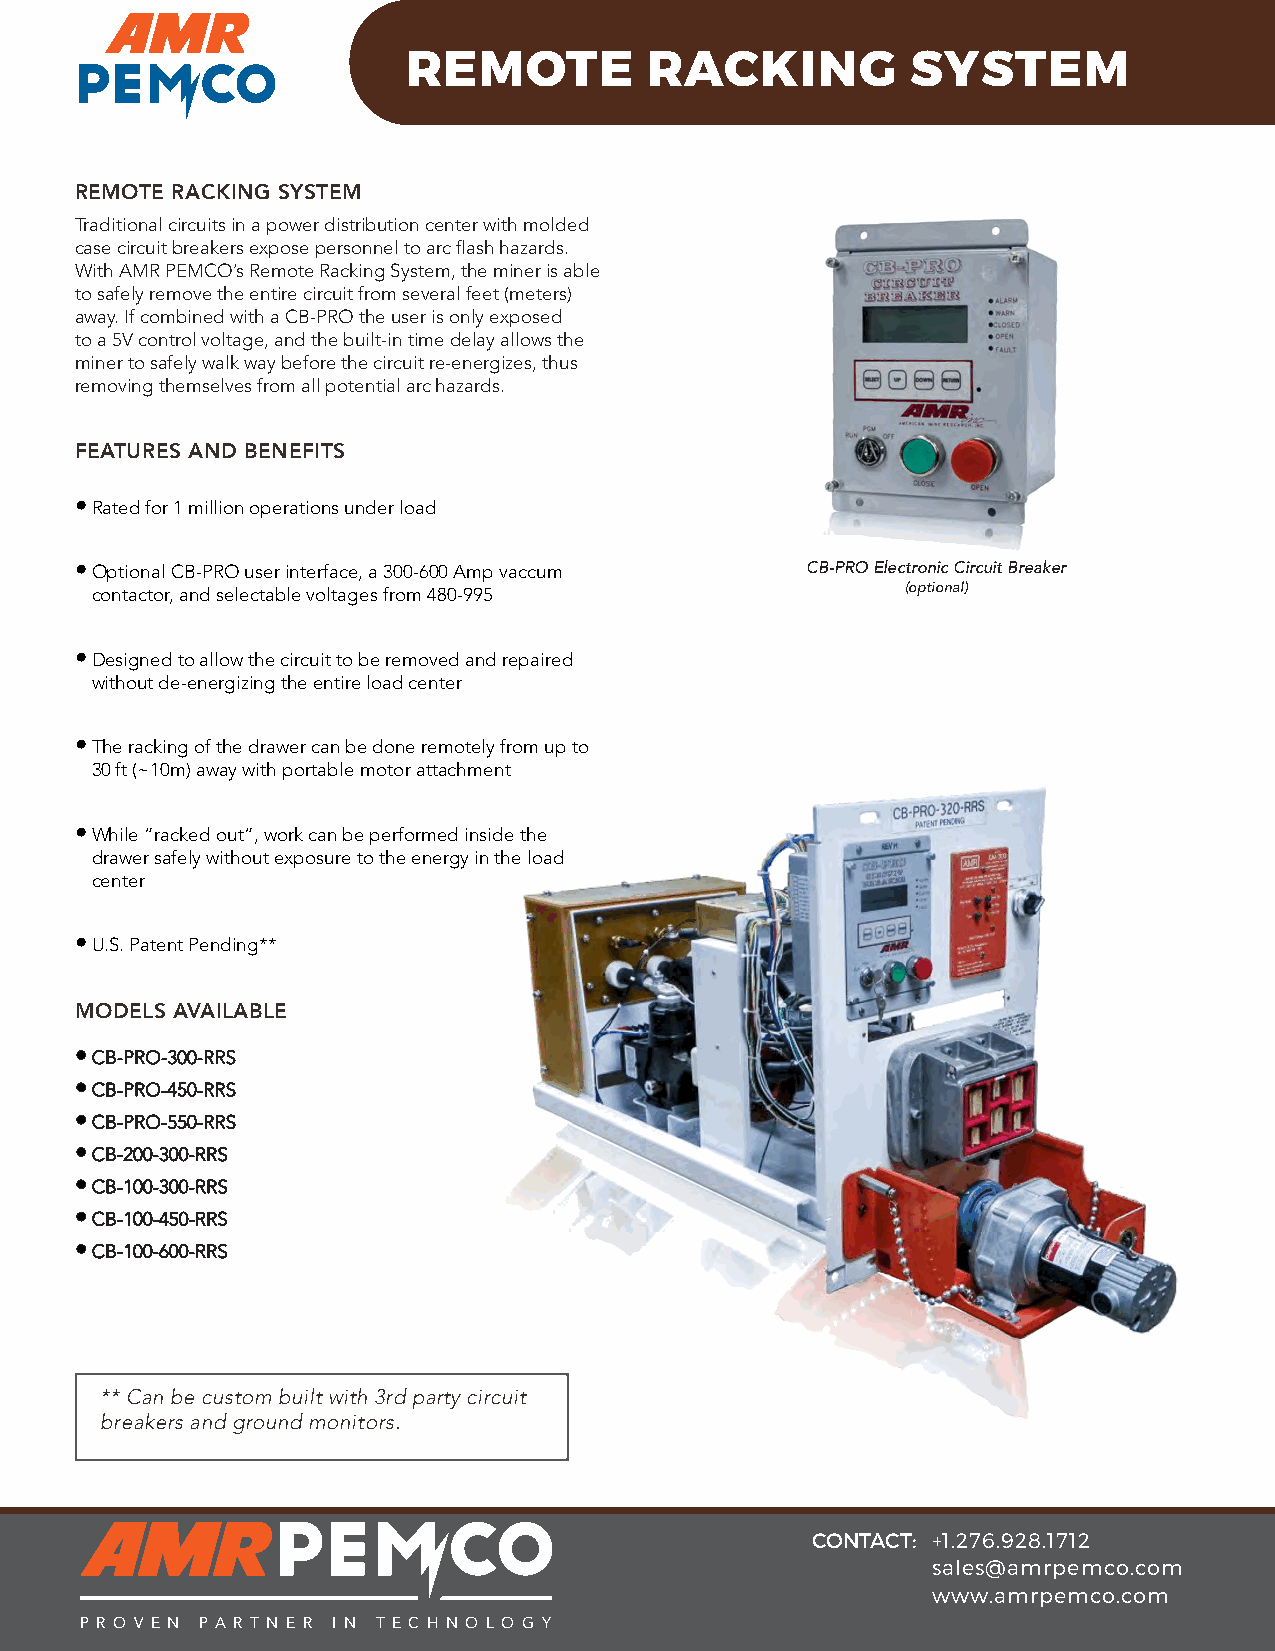
REMOTE          RACKING          SYSTEM
 REMOTE RACKING SYSTEM
 Traditional circuits in a power distribution center with molded
 case circuit breakers expose personnel to arc flash hazards.
 With AMR PEMCO’s Remote Racking System, the miner is able
 to safely remove the entire circuit from several feet (meters)
 away. If combined with a CB-PRO the user is only exposed
 to a 5V control voltage, and the built-in time delay allows the
 miner to safely walk way before the circuit re-energizes, thus
 removing themselves from all potential arc hazards.
 FEATURES AND BENEFITS
 • Rated for 1 million operations under load
 • Optional CB-PRO user interface, a 300-600 Amp vaccum CB-PRO Electronic Circuit Breaker
 contactor, and selectable voltages from 480-995       (optional)
 • Designed to allow the circuit to be removed and repaired
 without de-energizing the entire load center
 • The racking of the drawer can be done remotely from up to
 30 ft (~10m) away with portable motor attachment
 • While “racked out”, work can be performed inside the
 drawer safely without exposure to the energy in the load
 center
 • U.S. Patent Pending**
 MODELS AVAILABLE
 • CB-PRO-300-RRS
 • CB-PRO-450-RRS
 • CB-PRO-550-RRS
 • CB-200-300-RRS
 • CB-100-300-RRS
 • CB-100-450-RRS
 • CB-100-600-RRS
 ** Can be custom built with 3rd party circuit
 breakers and ground monitors.
 CONTACT: +1.276.928.1712
 sales@amrpemco.com
 www.amrpemco.com
 P R O V E N P A R T N E R I N T E C H N O L O G Y